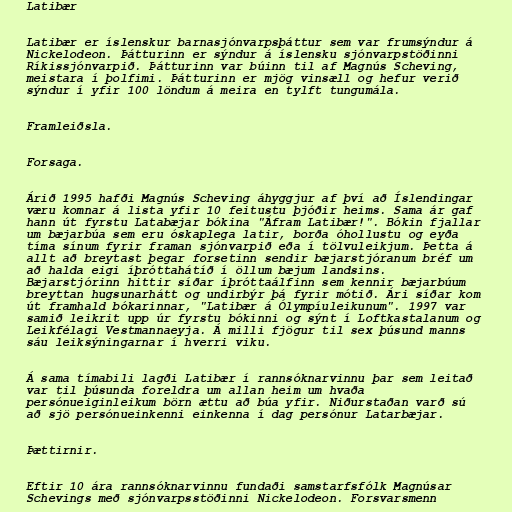
Latibær

Latibær er íslenskur barnasjónvarpsþáttur sem var frumsýndur á
Nickelodeon. Þátturinn er sýndur á íslensku sjónvarpstöðinni
Ríkissjónvarpið. Þátturinn var búinn til af Magnús Scheving,
meistara í þolfimi. Þátturinn er mjög vinsæll og hefur verið
sýndur í yfir 100 löndum á meira en tylft tungumála.

Framleiðsla.

Forsaga.

Árið 1995 hafði Magnús Scheving áhyggjur af því að Íslendingar
væru komnar á lista yfir 10 feitustu þjóðir heims. Sama ár gaf
hann út fyrstu Latabæjar bókina "Áfram Latibær!". Bókin fjallar
um bæjarbúa sem eru óskaplega latir, borða óhollustu og eyða
tíma sínum fyrir framan sjónvarpið eða í tölvuleikjum. Þetta á
allt að breytast þegar forsetinn sendir bæjarstjóranum bréf um
að halda eigi íþróttahátíð í öllum bæjum landsins.
Bæjarstjórinn hittir síðar íþróttaálfinn sem kennir bæjarbúum
breyttan hugsunarhátt og undirbýr þá fyrir mótið. Ári síðar kom
út framhald bókarinnar, "Latibær á Ólympíuleikunum". 1997 var
samið leikrit upp úr fyrstu bókinni og sýnt í Loftkastalanum og
Leikfélagi Vestmannaeyja. Á milli fjögur til sex þúsund manns
sáu leiksýningarnar í hverri viku.

Á sama tímabili lagði Latibær í rannsóknarvinnu þar sem leitað
var til þúsunda foreldra um allan heim um hvaða
persónueiginleikum börn ættu að búa yfir. Niðurstaðan varð sú
að sjö persónueinkenni einkenna í dag persónur Latarbæjar.

Þættirnir.

Eftir 10 ára rannsóknarvinnu fundaði samstarfsfólk Magnúsar
Schevings með sjónvarpsstöðinni Nickelodeon. Forsvarsmenn